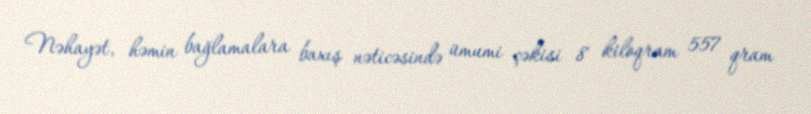
Nəhayət, həmin bağlamalara baxış nəticəsində ümumi çəkisi 8 kiloqram 557 qram